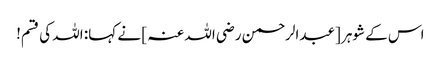
اس کے شوہر [عبدالرحمن رضی اللہ عنہ ] نے کہا: اللہ کی قسم!